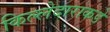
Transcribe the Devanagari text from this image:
किल्लेदाराकडे